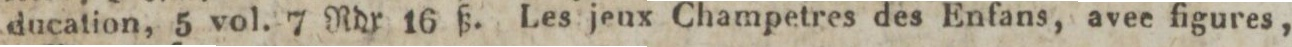
ducation, 5 vol. 7 Rdr 16 ß. Les jeux Champetres des Enfans, avee figures,